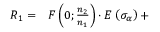
\begin{array} { r l } { R _ { 1 } = } & { { } F \left( 0 ; \frac { n _ { 2 } } { n _ { 1 } } \right) \cdot E \left( \sigma _ { \alpha } \right) + } \end{array}